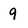
Character: 9